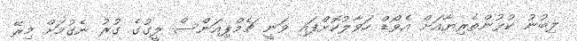
ލިބުނު ކުޅުންތެރިޔާއަށް އެވޯޑް ހަވާލުކޮށްފައި ވަނީ ޗެމްޕިއަންސް ލީގުގެ ގުރު ނެގުމަށް މިރޭ